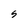
Character: s